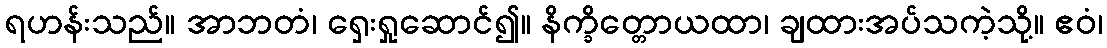
ရဟန်းသည်။ အာဘတံ၊ ရှေးရှုဆောင်၍။ နိက္ခိတ္တောယထာ၊ ချထားအပ်သကဲ့သို့။ ဧဝံ၊